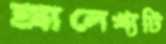
আলেখ্যটি